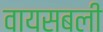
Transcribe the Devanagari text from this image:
वायसबली